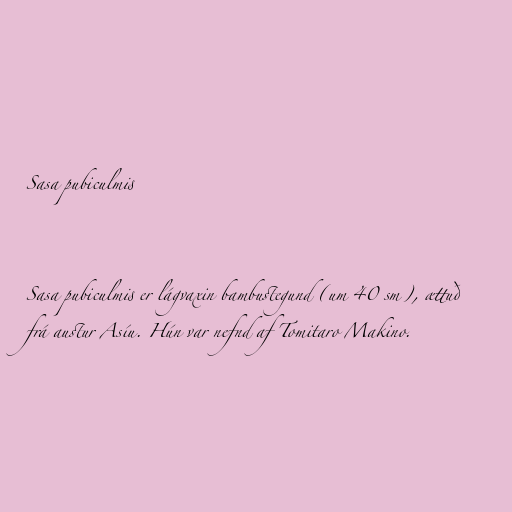
Sasa pubiculmis

Sasa pubiculmis er lágvaxin bambustegund (um 40 sm), ættuð
frá austur Asíu. Hún var nefnd af Tomitaro Makino.